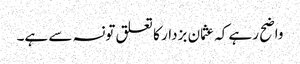
واضح رہے کہ عثمان بزدار کا تعلق تونسہ سے ہے۔